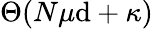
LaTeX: \Theta(N\mu\mathrm{d}+\kappa)